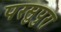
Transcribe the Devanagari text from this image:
परसुपुरा